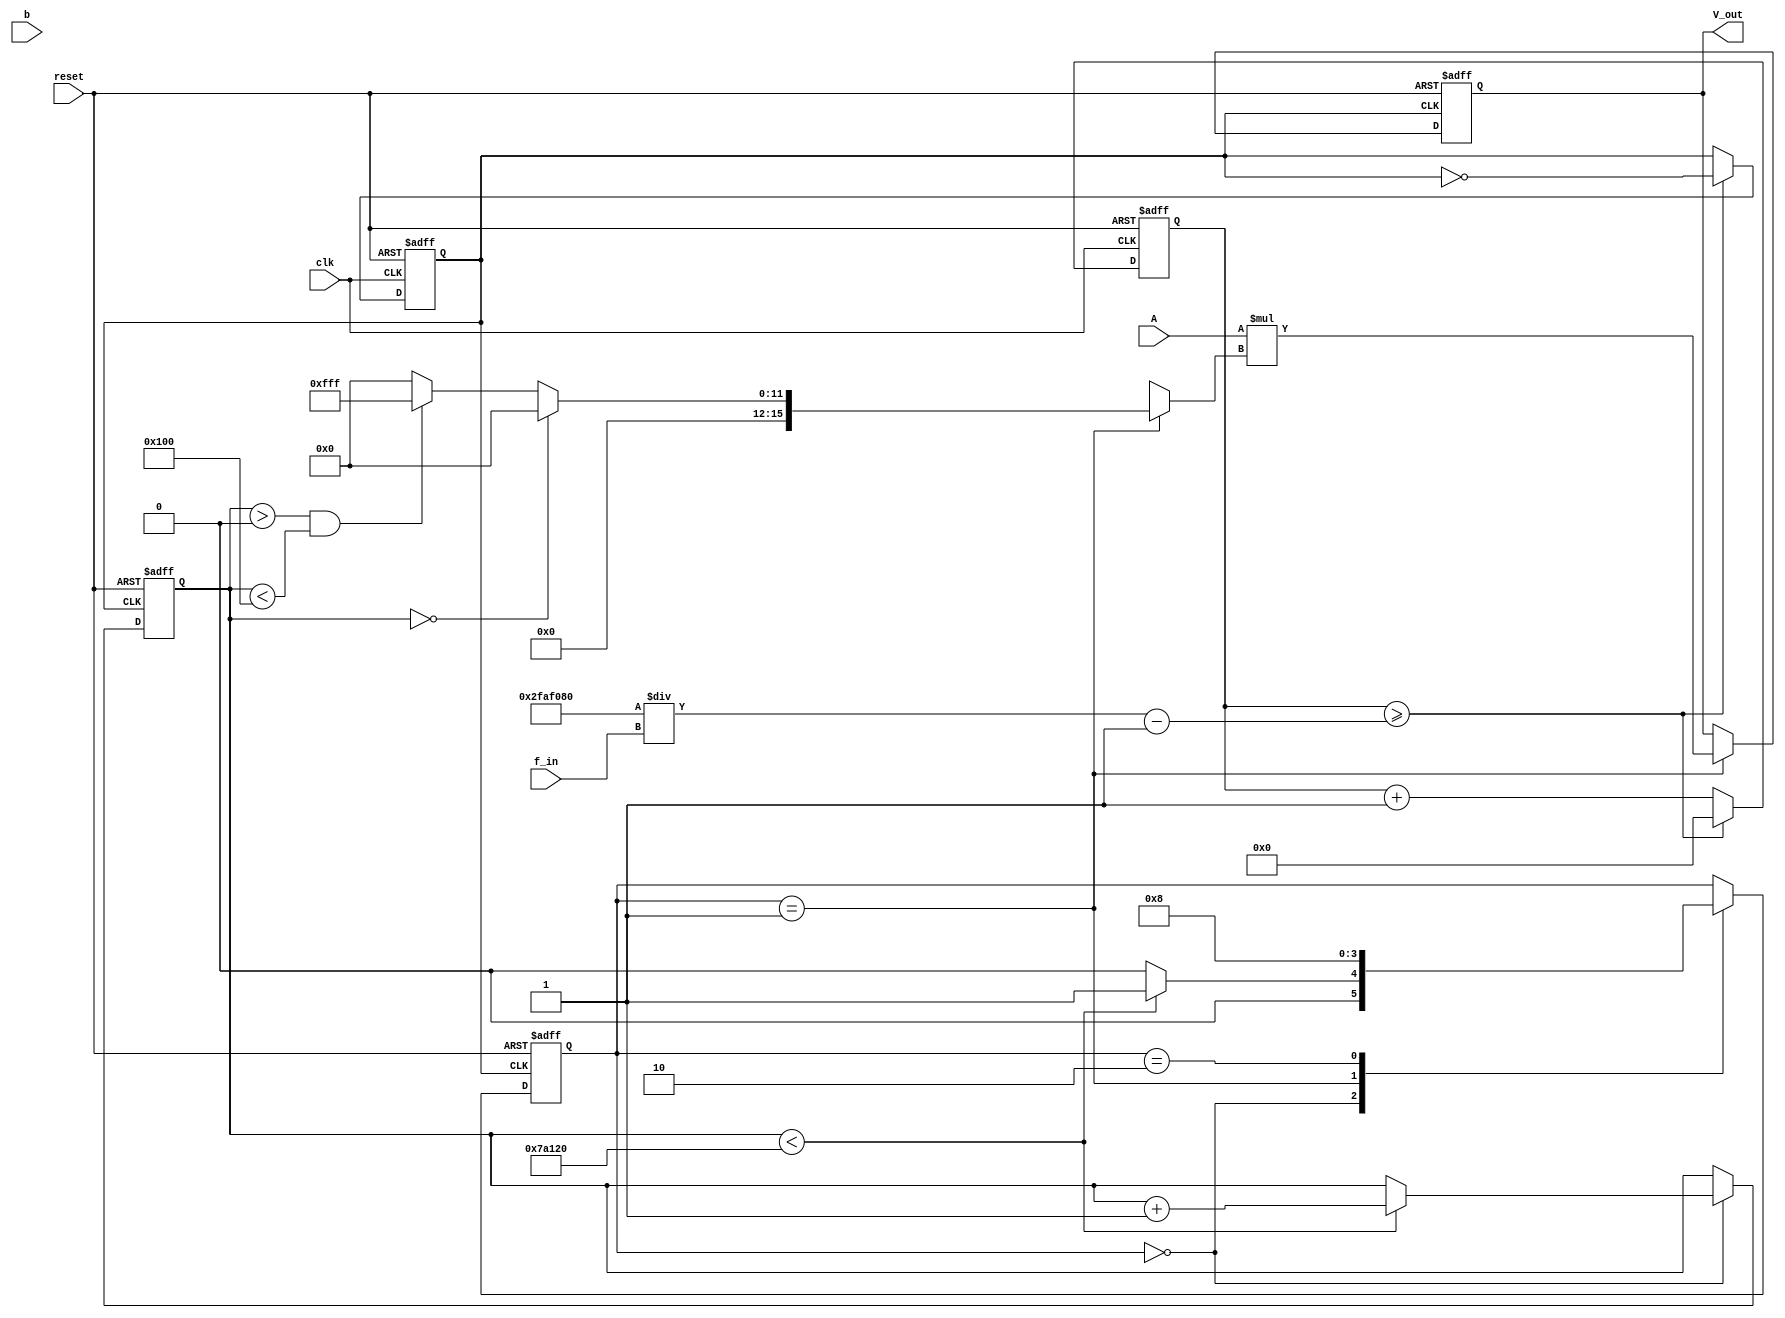
module log_waveform_generator (
    input clk,            // System clock
    input reset,          // Reset signal
    input [15:0] f_in,    // Input frequency
    input [15:0] A,       // Input amplitude
    input [3:0] b,        // Logarithmic base (e.g., base 10)
    output reg [15:0] V_out // Output voltage (digital form)
);
    
    reg [31:0] time_count;  // Timer for generating time steps
    reg [15:0] logarithm_value; // Logarithmic value
    reg [1:0] state;         // FSM state
    parameter INIT = 2'b00, CALCULATE = 2'b01, OUTPUT = 2'b10;
    
    // Clock Divider  
    reg [31:0] clk_divider;
    reg sample_clk;
    
    initial begin
        time_count = 0;
        clk_divider = 0;
        sample_clk = 0;
        state = INIT;
        V_out = 0;
    end

    // Generate sample clock at desired frequency 
    always @(posedge clk or posedge reset) begin
        if (reset) begin
            clk_divider <= 0;
            sample_clk <= 0;
        end else begin
            clk_divider <= clk_divider + 1;
            if (clk_divider >= (500_00000 / f_in) - 1) begin
                sample_clk <= ~sample_clk; // Toggle sample clock
                clk_divider <= 0;
            end
        end
    end
    
    // FSM to control the waveform generation
    always @(posedge sample_clk or posedge reset) begin
        if (reset) begin
            state <= INIT;
            time_count <= 0;
            V_out <= 0;
        end else begin
            case (state)
                INIT: begin
                    if (time_count < 500000) begin // Example time limit
                        time_count <= time_count + 1;
                        state <= CALCULATE;
                    end else begin
                        state <= INIT; // Reset state after time limit
                    end
                end

                CALCULATE: begin
                    // Logarithmic calculation: V(t) = A * log_b(f * t + 1)
                    // Here we use a simplified version of the logarithmic function using a lookup
                    logarithm_value = log_lookup(time_count); // Placeholder for log calculation
                    V_out <= A * logarithm_value; // Scaled by amplitude A
                    state <= OUTPUT;
                end

                OUTPUT: begin
                    // Output logic (This could drive a DAC or similar)
                    // In this case, we simply maintain the output
                    state <= INIT; // Go to INIT for the next cycle
                end
            endcase
        end
    end
    
    // Placeholder Logarithmic calculation using a simple lookup
    function [15:0] log_lookup(input [31:0] x);
        begin
            // Basic example lookup table for logarithm base b
            if (x == 0) begin
                log_lookup = 0; // Handle log(0)
            end else if (x > 0 && x < 256) begin
                log_lookup = 16'h0FFF; // Example constant value for inputs in range
                // This could be replaced by a more sophisticated lookup.
            end else begin
                log_lookup = 16'h0000; // Default case, to be improved as needed.
            end
        end
    endfunction

endmodule